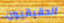
الحقيقيون